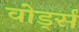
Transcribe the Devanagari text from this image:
वोर्ड्स